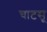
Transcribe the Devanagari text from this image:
चाटसू